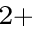
^ { 2 + }